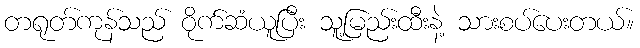
တရုတ်ကုန်သည် ဝိုက်ဆံယူပြီး သူ့မြည်းထီးနဲ့ သားစပ်ပေးတယ်။